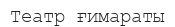
Театр ғимараты